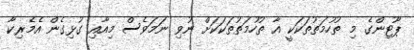
ޕޫޓިންގެ މި ތުހުމަތުތަކަކީ އާ ތުހުމަތުތަކަކަށް ނުވި ނަމަވެސް މިއާއި ގުޅިގެން އެމެރިކާ